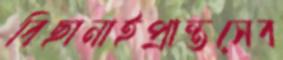
বিছানাইপ্রান্তসেব